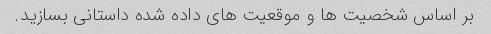
بر اساس شخصیت ها و موقعیت های داده شده داستانی بسازید.